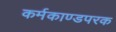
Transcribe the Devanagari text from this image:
कर्मकाण्डपरक